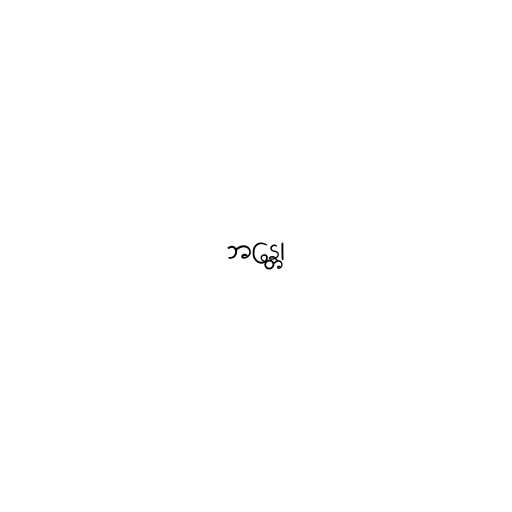
ဘန္တေ၊